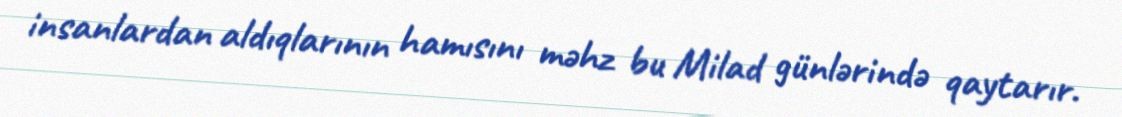
insanlardan aldıqlarının hamısını məhz bu Milad günlərində qaytarır.